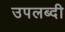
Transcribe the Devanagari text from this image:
उपलब्दी